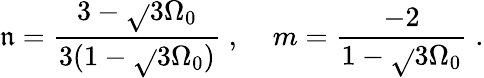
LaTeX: \mathfrak{n}=\frac{{3-\sqrt{}{{3\Omega_{0}}}}}{{3(1-\sqrt{}{{3\Omega_{0}}})}}\; ,\; \; \; \; m=\frac{{-2}}{{1-\sqrt{}{{3\Omega_{0}}}}}\; .